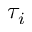
\tau _ { i }